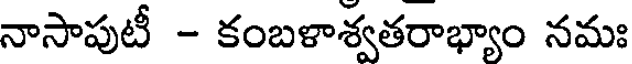
నాసాపుటీ - కంబళాశ్వతరాభ్యాం నమః